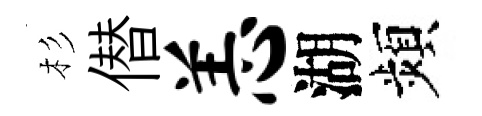
杉僣恙湖頻